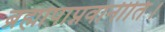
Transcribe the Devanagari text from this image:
ब्रह्मोपाप्नवानीति।